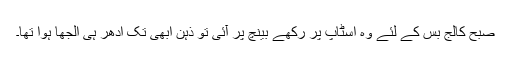
صبح کالج بس کے لئے وہ اسٹاپ پر رکھے بینچ پر آئی تو ذہن ابھی تک ادھر ہی الجھا ہوا تھا۔